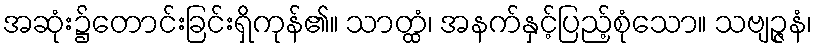
အဆုံး၌တောင်းခြင်းရှိကုန်၏။ သာတ္ထံ၊ အနက်နှင့်ပြည့်စုံသော။ သဗျဉ္ဇနံ၊